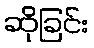
ဆိုခြင်း